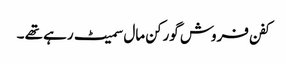
کفن فروش گورکن مال سمیٹ رہے تھے ۔